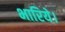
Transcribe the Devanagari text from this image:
भारिये।